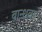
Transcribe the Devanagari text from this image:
बान्धवाः